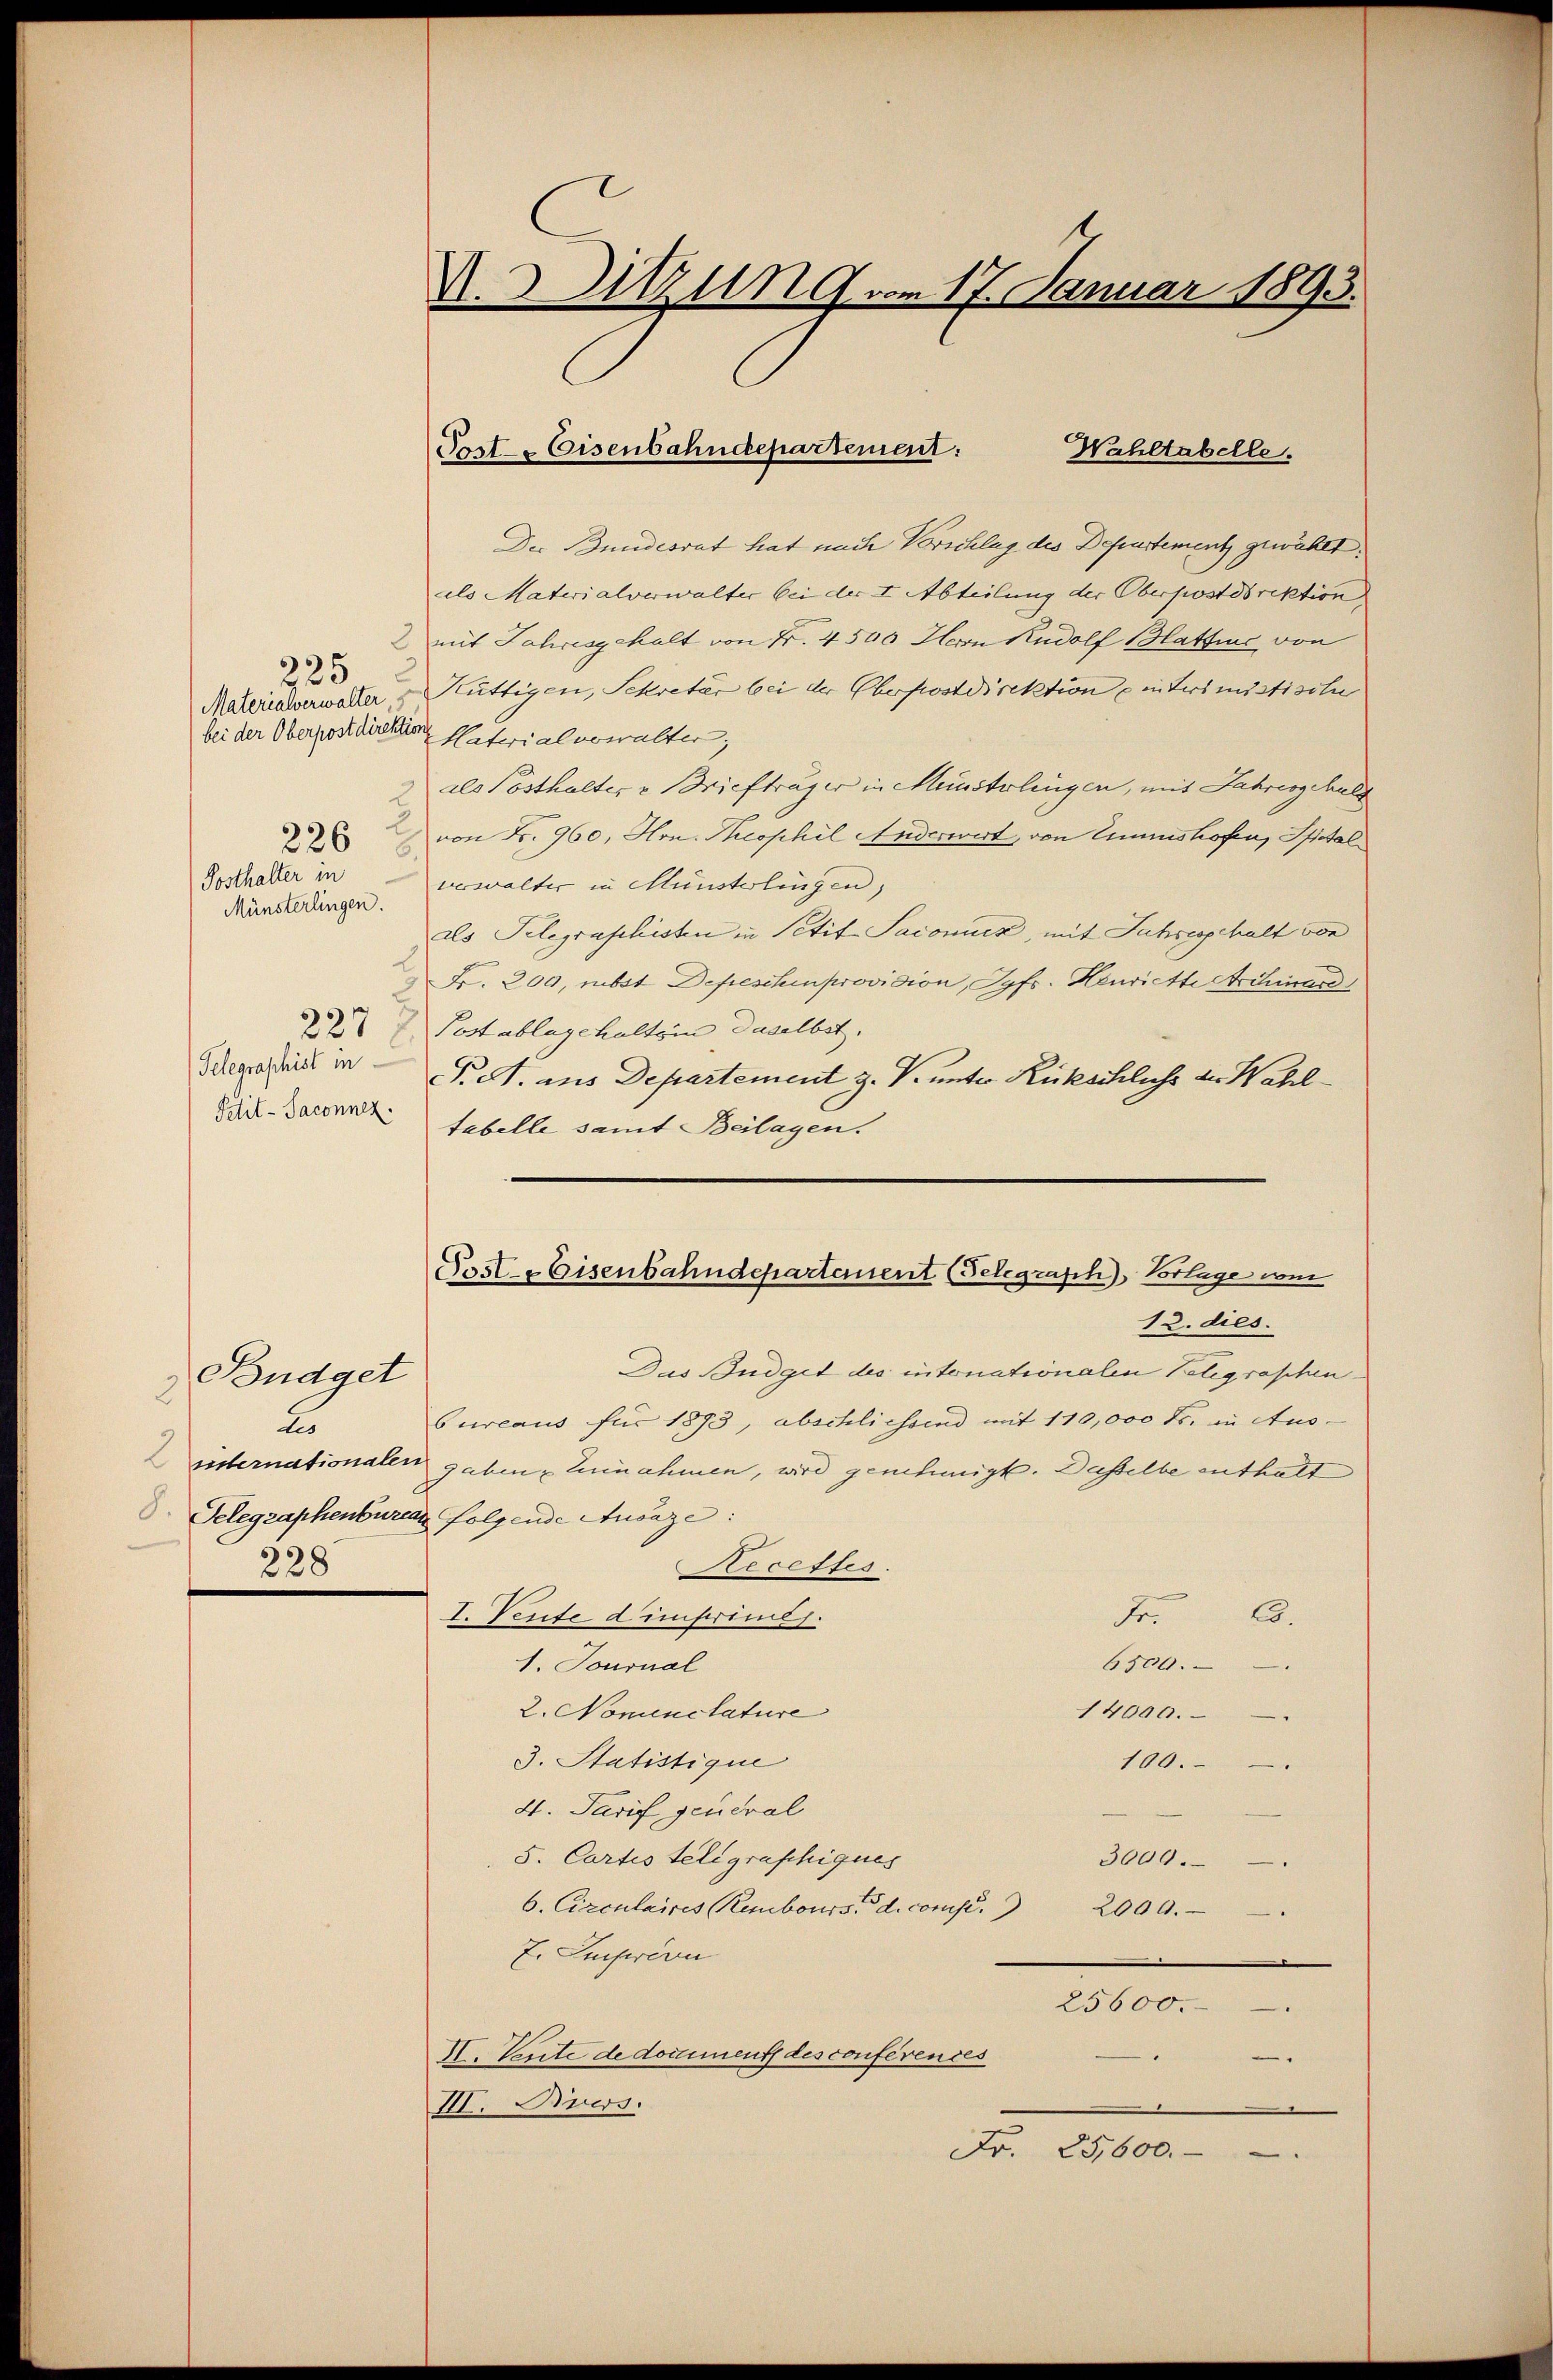
Der Bundesrat hat nach Vorschlug des Departement gewählt.
aals Materialverwalter bei der I Abteilung der Oberpostdirektion
mit Jahresgehalt von Fr. 4500 Herrn Rudolf Blattine von
Materialverwalter & Küttigen, Sekretär bei der Oberpostdirektion einterimistische
bei der Oberpostdirektion Enterialverwalter;
als Posthalter v. Briefträger in Münstlingen, mit Jahresschulg
 von Fr. 960, Hrn. Theophil Anderwert, von Zinshofen, Spital
verwalter in Münsterlingen,
as Telegraphisten in Petit-Saconuer, mit Jahreshalt von
Fr. 209, mbst Depeschen provision, Syfs. Henrichte Archiar
2   Post ablegchalts in daselbst.
P. A. aus Departement z. V. unter Rückschliche der Wahl¬
Bdil-Sacon tabelle samt Beilagen.
Das Budget des intonationalen Telegraphen
Budget
2
ureaus für 1893, abschliessend mit 110,000 Fr. in Aus-
2
Listernationalen gaben Einnahmen, wird genehmigt. Dasselbe enthalt
. Telegraphenbureau folgende Ausaze:
eceffes.
228
C.
I. Verfe d unferirels.
Fr
6500.
1. Tournal
2. Nominctature
14000.
3. Statistique
100.
4. Tarif general
5. Cartis Telegraphiques
3000.
6. Circulaires Rembours de comp.
2000.
E. Emprévu
25600.
I. Verte de domment des conferendes
.
III. Bvers.
Fr. 25,600.
.

Posthalter in
Münsterlingen.

225

Telegraphist in

V.Sitzung vom 17. Januar 1893.

Post. Eisenbahndepartement:
Wahltabelle.

Post- & Eisenbahndepartement (Telegrasch Vorlage vom
12. dies